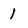
Character: 1